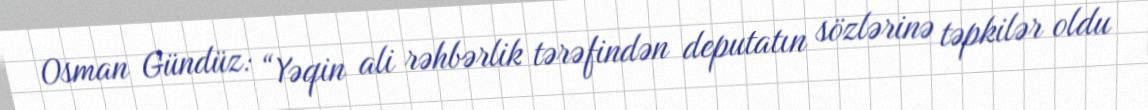
Osman Gündüz: “Yəqin ali rəhbərlik tərəfindən deputatın sözlərinə təpkilər oldu